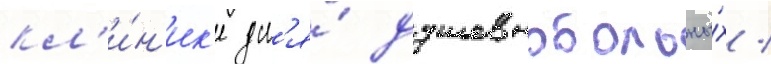
кл'и́н'ик'е дл'я́ душевнобольны́х /